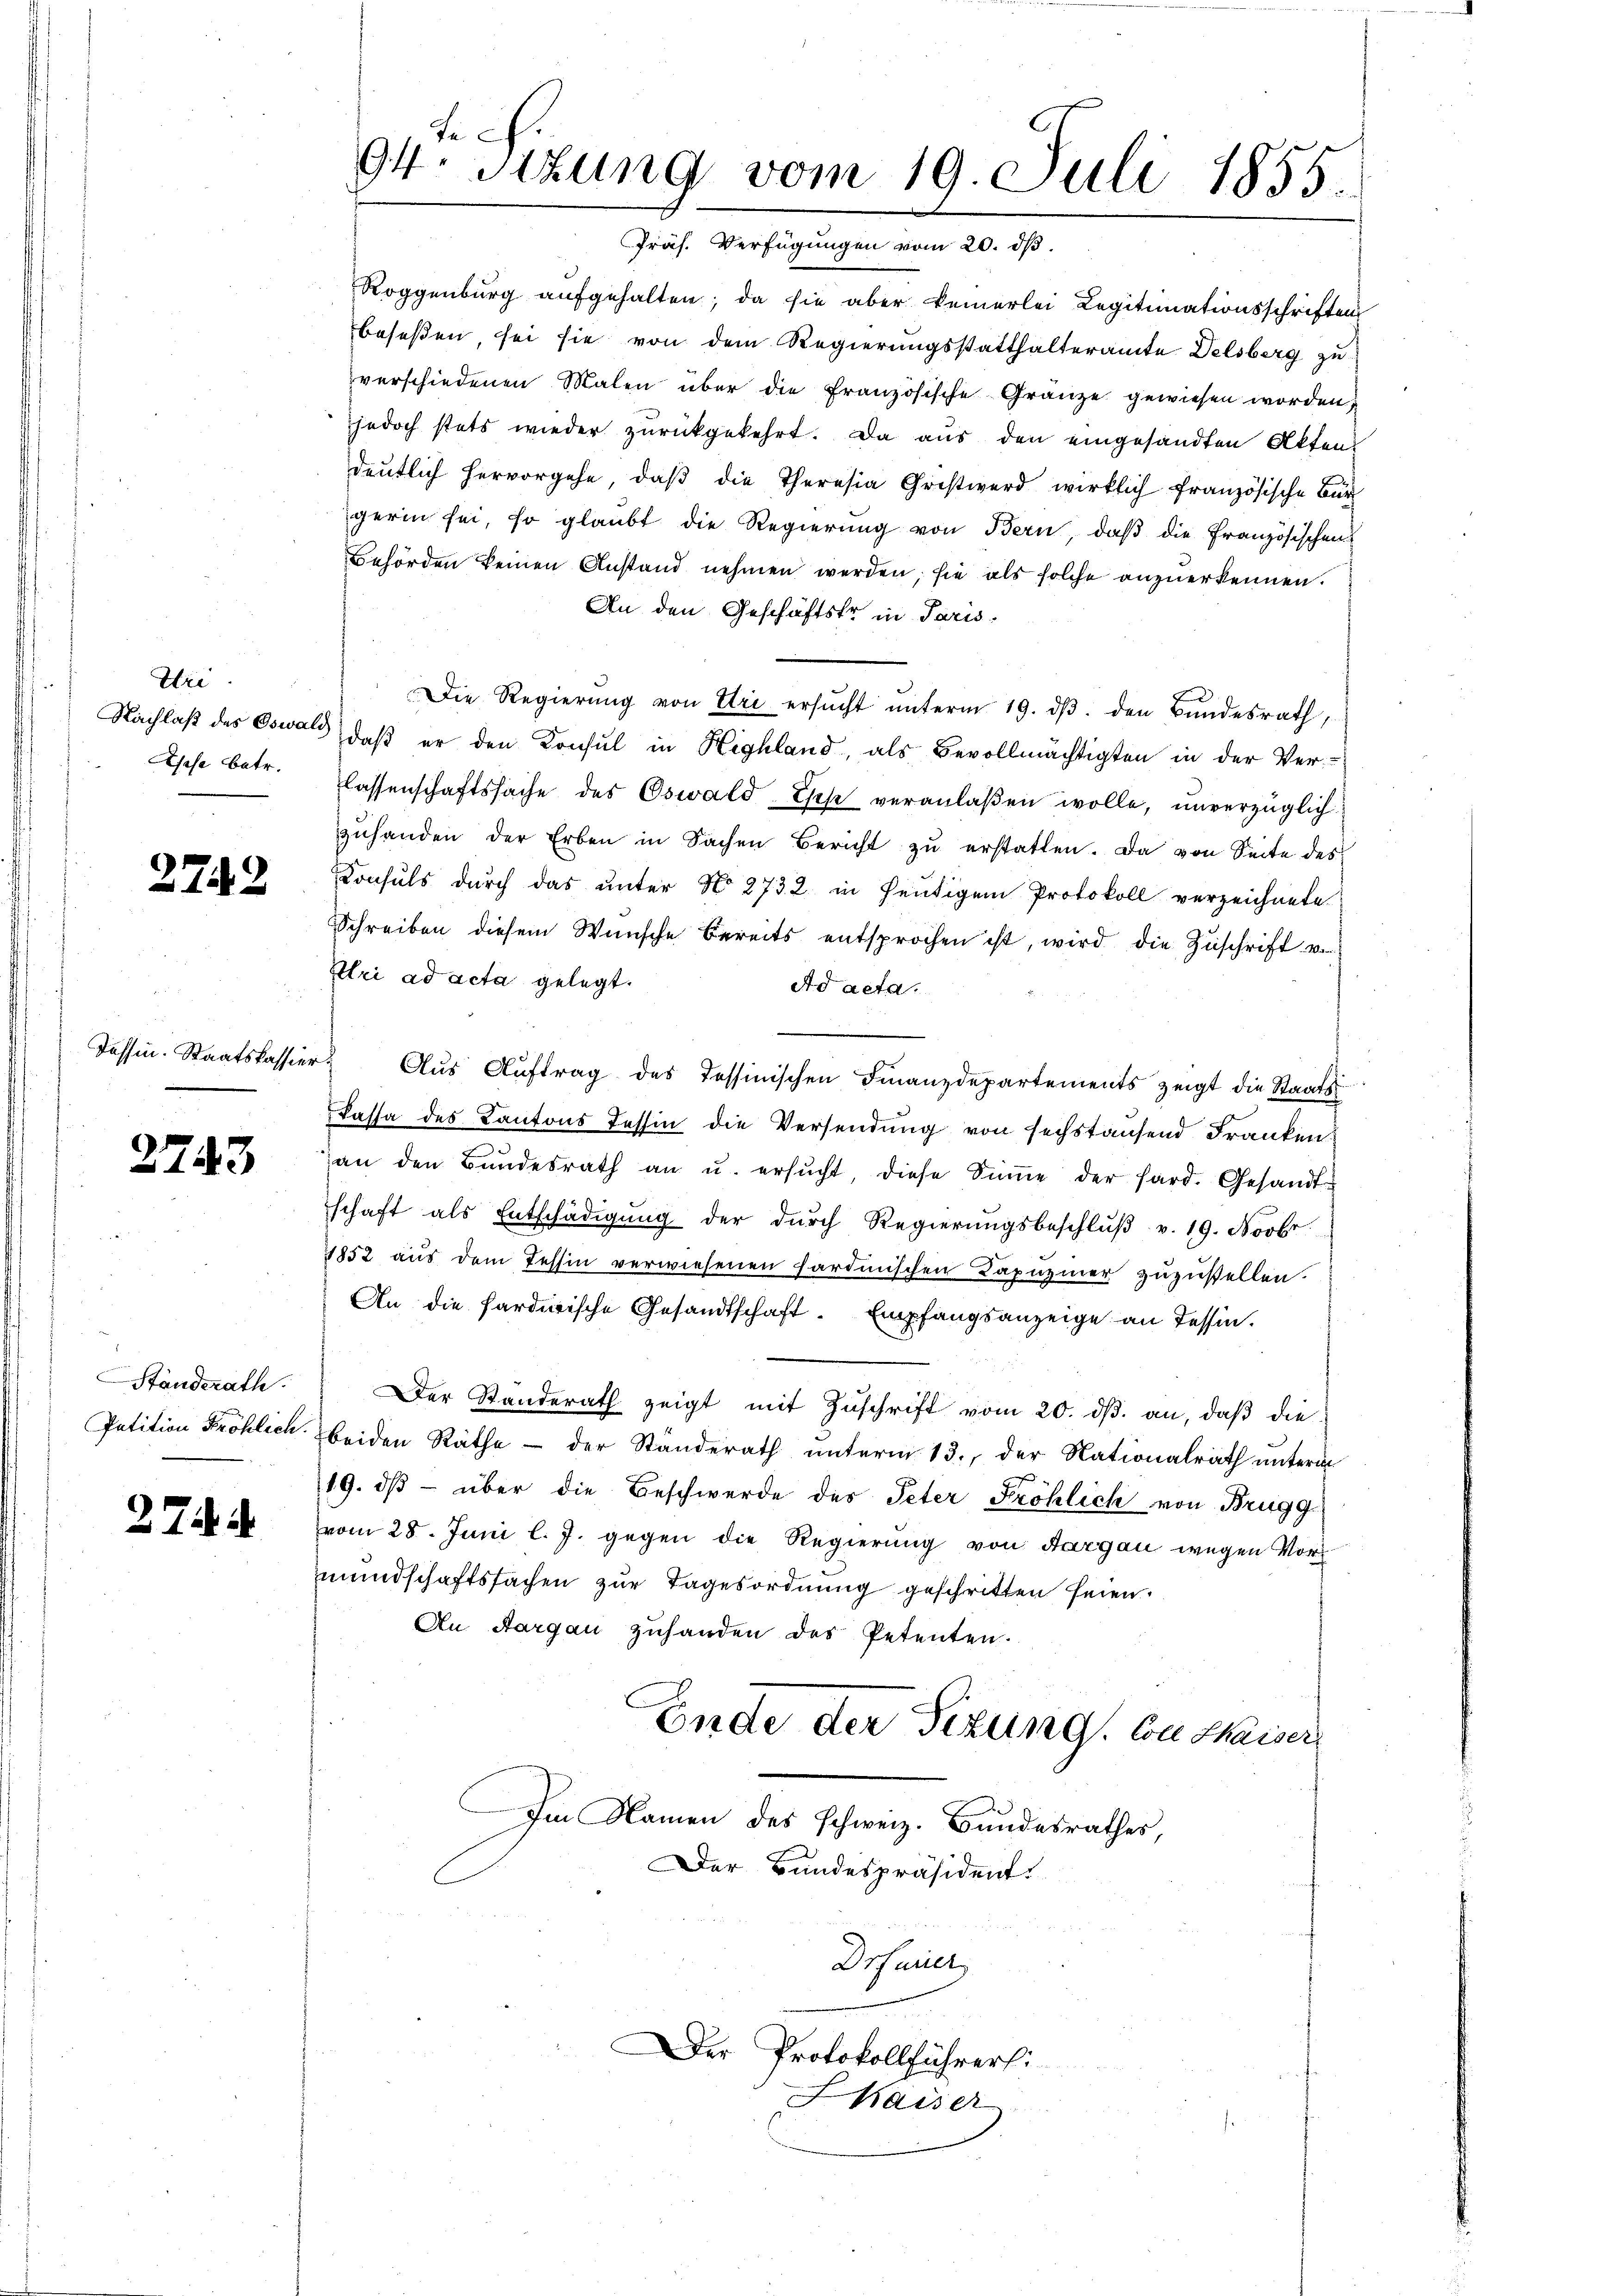
Uri.
Asese Betr.

2742

2743

Ständerath.
Petition Fröhlich.

2744

te
94. Sitzung vom 19. Juli 1855.
Präs. Verfügungen vom 20. ds.

Roggenburg aŭfgehalten; da sie aber keinerlei Legitimationsschriften
beseßen, sei sie von dem Regierungsstatthalteramte Delsberg zu
verschiedenen Malen über die französische Gränze gewiesen worden
jedoch stets wieder zŭrückgekehrt. Da aus den eingesandten Akten
deutlich hervorgehe, daβ die Theresia Gristwerd wirklich französische Bür
gerin sei, so glaubt die Regierung von Bern, daß die Französischen
Behörden keinen Anstand nehmen werden; sie als solche anzuerkennen.
An den Geschäftstr in Paris
Die Regierŭng von Uri ersŭcht ŭnterm 19. dβ. den Bŭndesrath,
Nachlaβ des Oswald, daβ er den Konsul in Highland, als Bevollmächtigten in der Ver-
lassenschaftssache des Oswald, Ehese veranlaßen wolle, unverzüglich
zuhanden der Erben in Sachen Bericht zu erstatten. Da von Seite des
Consuls durch das unter No 2732 in heutigem Protokoll verzeichnete
Schreiben diesem Wünsche bereits entsprochen ist, wird die Zuschrift v
Eltri ad acta gelegt.
Ad acta.
Tessin. Staatskassier Aŭs Aŭftrag des Tessinischen Finanzdepartements zeigt die Staats-
Kassa des Kantons Tessin die Versendung von sechstausend Franken.
an den Bŭndesrath an u. ersŭcht, diese Siṁe der hard. Gesandt-
schaft als Entschädigung der dŭrch Regierŭngsbeschlŭβ v. 19. Novbr
1852 aŭs dem Tessin verwiesenen Sardinischen Kapŭziner zŭzŭstellen.
An die Sardinische Gesandtschaft. Empfangsanzeige an Tessin.
Der Standerath zeigt mit Zŭschrift vom 20. ds. an, daβ die
beiden Räthe - der Ständerath unterm 13., der Nationalrath unterm
E
19. dβ über die Beschwerde des Peter Fröhlich von Brugg
vom 28. Juni l. J. gegen die Regierung von Aargau wegen Vormundschaftssachen zur Tagesordnung geschritten seien.
An Aargau zuhanden des Petenten.
Ende der Sizung, von Kaiser
Im Namen des schweiz. Bundesrathes,
Der Bundespräsident.
Drsariel

er Protokollführer:
Kaiser